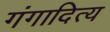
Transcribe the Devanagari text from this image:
गंगादित्य